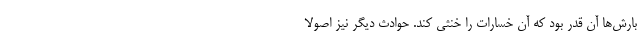
بارش‌ها آن قدر بود که آن خسارات را خنثی کند. حوادث دیگر نیز اصولاً